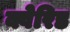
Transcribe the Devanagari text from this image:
क्वेरिड